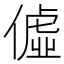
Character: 𫣞